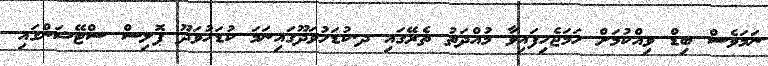
ނަމަވެސް ބިޑް ވިއްކުމަށް ހަމަޖެހިފައިވާ މުއްދަތު ތެރޭގައި ދ.ކުޑަހުވަދޫގައިނަމަ ކުޑަހުވަދޫ ޕޮލިސް ސްޓޭޝަންގައި